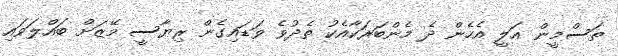
ތަސްމީން އަލީ އެހެން ދެ މެންބަރަކާއެކު ތެދުވެ ވަޑައިގެން ރިޔާސީ މޭޒަށް ބައްލަވައި